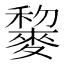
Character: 䴻